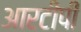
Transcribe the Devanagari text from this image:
आरटीपी